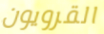
القرويون